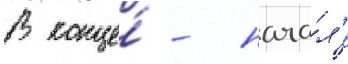
В конце́ - нача́л'е